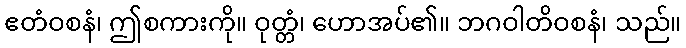
ဧတံဝစနံ၊ ဤစကားကို။ ဝုတ္တံ၊ ဟောအပ်၏။ ဘဂဝါတိဝစနံ၊ သည်။